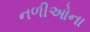
નળીઓના